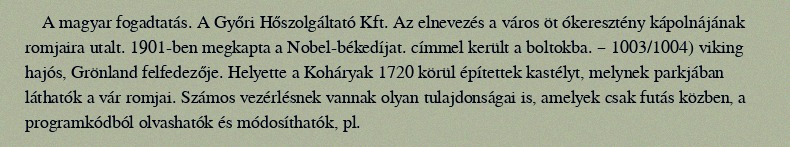
A magyar fogadtatás. A Győri Hőszolgáltató Kft. Az elnevezés a város öt ókeresztény kápolnájának romjaira utalt. 1901-ben megkapta a Nobel-békedíjat. címmel került a boltokba. – 1003/1004) viking hajós, Grönland felfedezője. Helyette a Koháryak 1720 körül építettek kastélyt, melynek parkjában láthatók a vár romjai. Számos vezérlésnek vannak olyan tulajdonságai is, amelyek csak futás közben, a programkódból olvashatók és módosíthatók, pl.